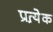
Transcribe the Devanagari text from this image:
प्रत्य़ेक